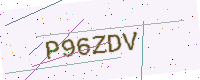
Text: P96ZDV